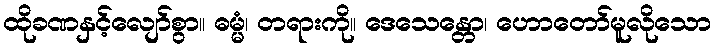
ထိုခဏနှင့်လျော်စွာ။ ဓမ္မံ၊ တရားကို။ ဒေသေန္တော၊ ဟောတော်မူလိုသော